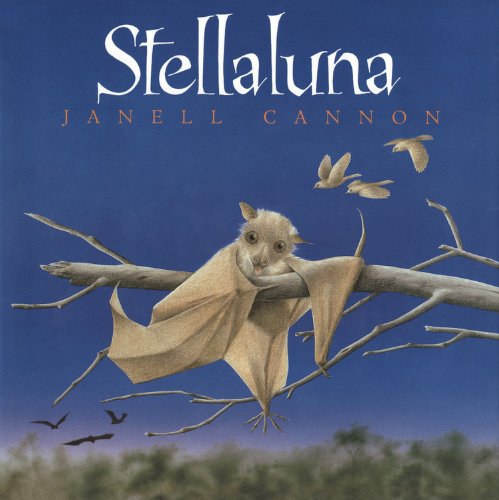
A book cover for Stellaluna; Janell Cannon; Children's Books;